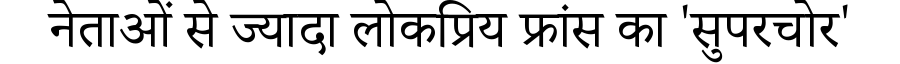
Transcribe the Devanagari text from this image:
नेताओं से ज्यादा लोकप्रिय फ्रांस का 'सुपरचोर'